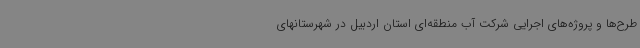
طرح‌ها و پروژه‌های اجرایی شرکت آب منطقه‌ای استان اردبیل در شهرستانهای